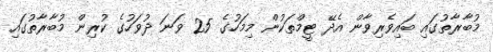
މުބާރާތުގައި ބައިވެރިވާން އެދޭ ޓީމްތަކުން މިމަހުގެ 25 ވަނަ ދުވަހުގެ ކުރިން މުބާރާތުގައި